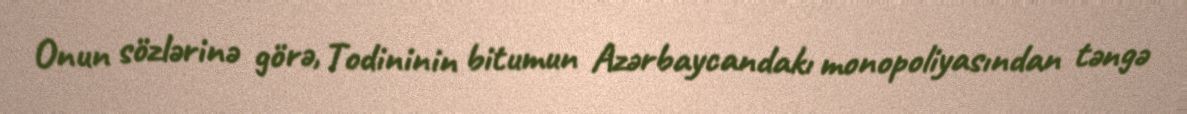
Onun sözlərinə görə, Todininin bitumun Azərbaycandakı monopoliyasından təngə